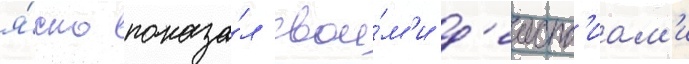
я́сно показа́л свои́м'и д'еиств'иам'и